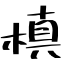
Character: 槙